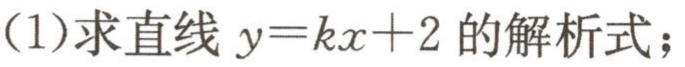
(1)求直线 \(y = kx + 2\) 的解析式；